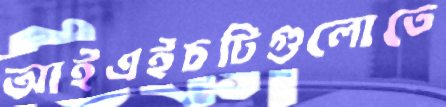
আইএইচটিগুলোতে